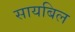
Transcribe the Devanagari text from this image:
सायबिल